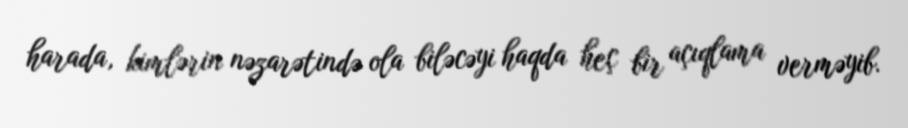
harada, kimlərin nəzarətində ola biləcəyi haqda heç bir açıqlama verməyib.